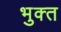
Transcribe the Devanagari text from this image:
भुक्‍त